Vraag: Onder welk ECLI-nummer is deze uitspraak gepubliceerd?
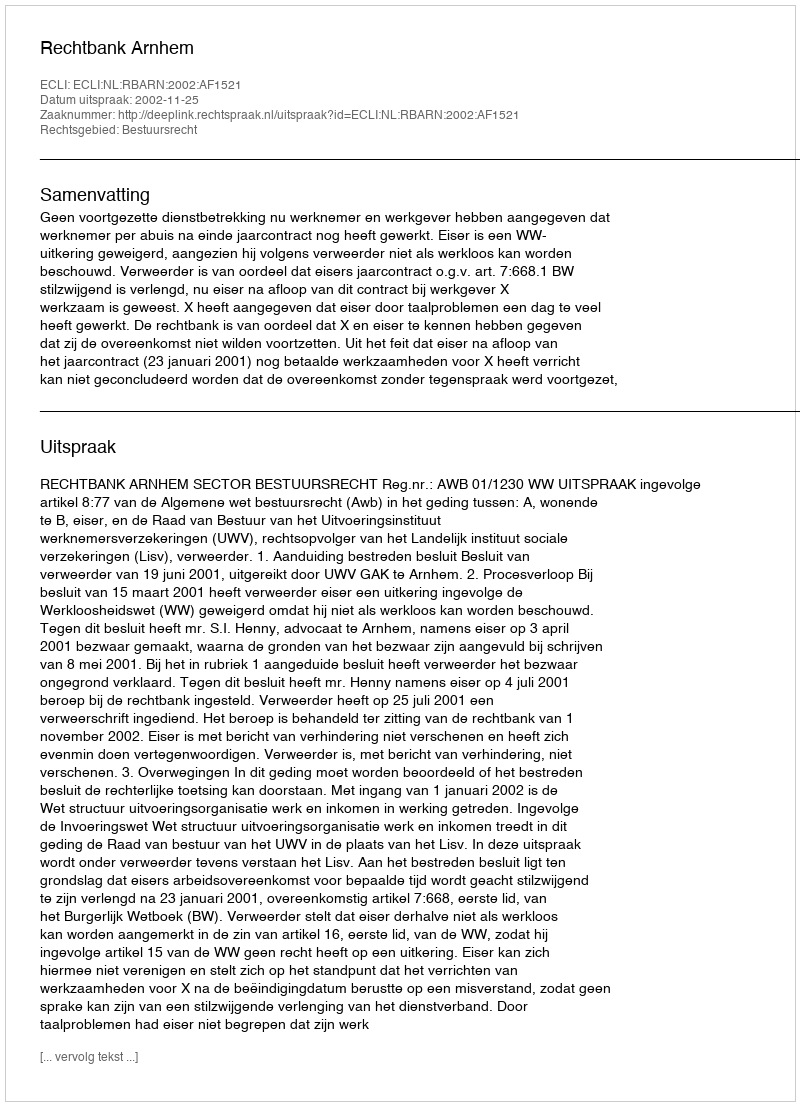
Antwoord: ECLI:NL:RBARN:2002:AF1521